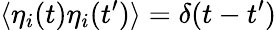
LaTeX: \langle\eta_{i}(t)\eta_{i}(t^{\prime})\rangle=\delta(t-t^{\prime})